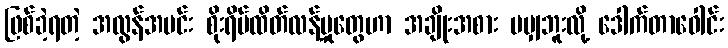
ဖြစ်ခဲ့ရတဲ့ အလွန်အမင်း စိုးရိမ်ထိတ်လန့်မှုတွေဟာ အချိုးအစား မမျှဘူးလို့ ဒေါက်တာဝေါင်း